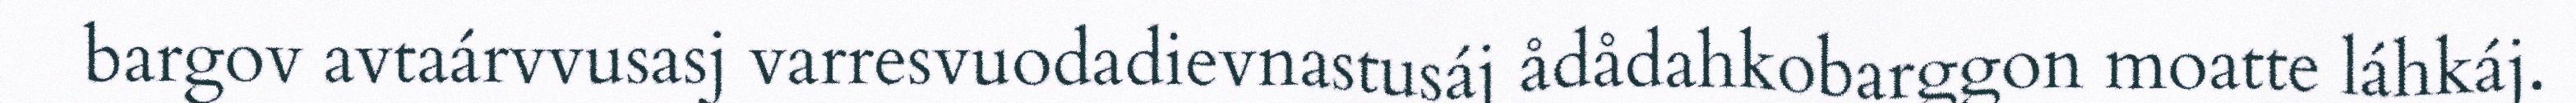
bargov avtaárvvusasj varresvuodadievnastusáj ådådahkobarggon moatte láhkáj.